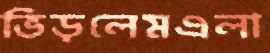
ভিড়লেমএলা